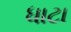
ધાટા